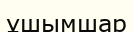
ұшымшар